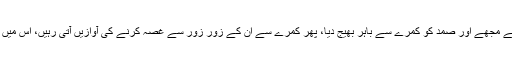
لیکن میرے ٹیسٹ کے بعد نہ جانے کیا ہوا کہ ابا نے مجھے اور صمد کو کمرے سے باہر بھیج دیا، پھر کمرے سے ان کے زور زور سے غصہ کرنے کی آوازیں آتی رہیں، اس میں صرف یہی لفظ "autistic” بار بار دہرایا جاتا رہا۔